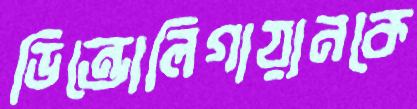
ডিন্ডোলিগায়ানকে